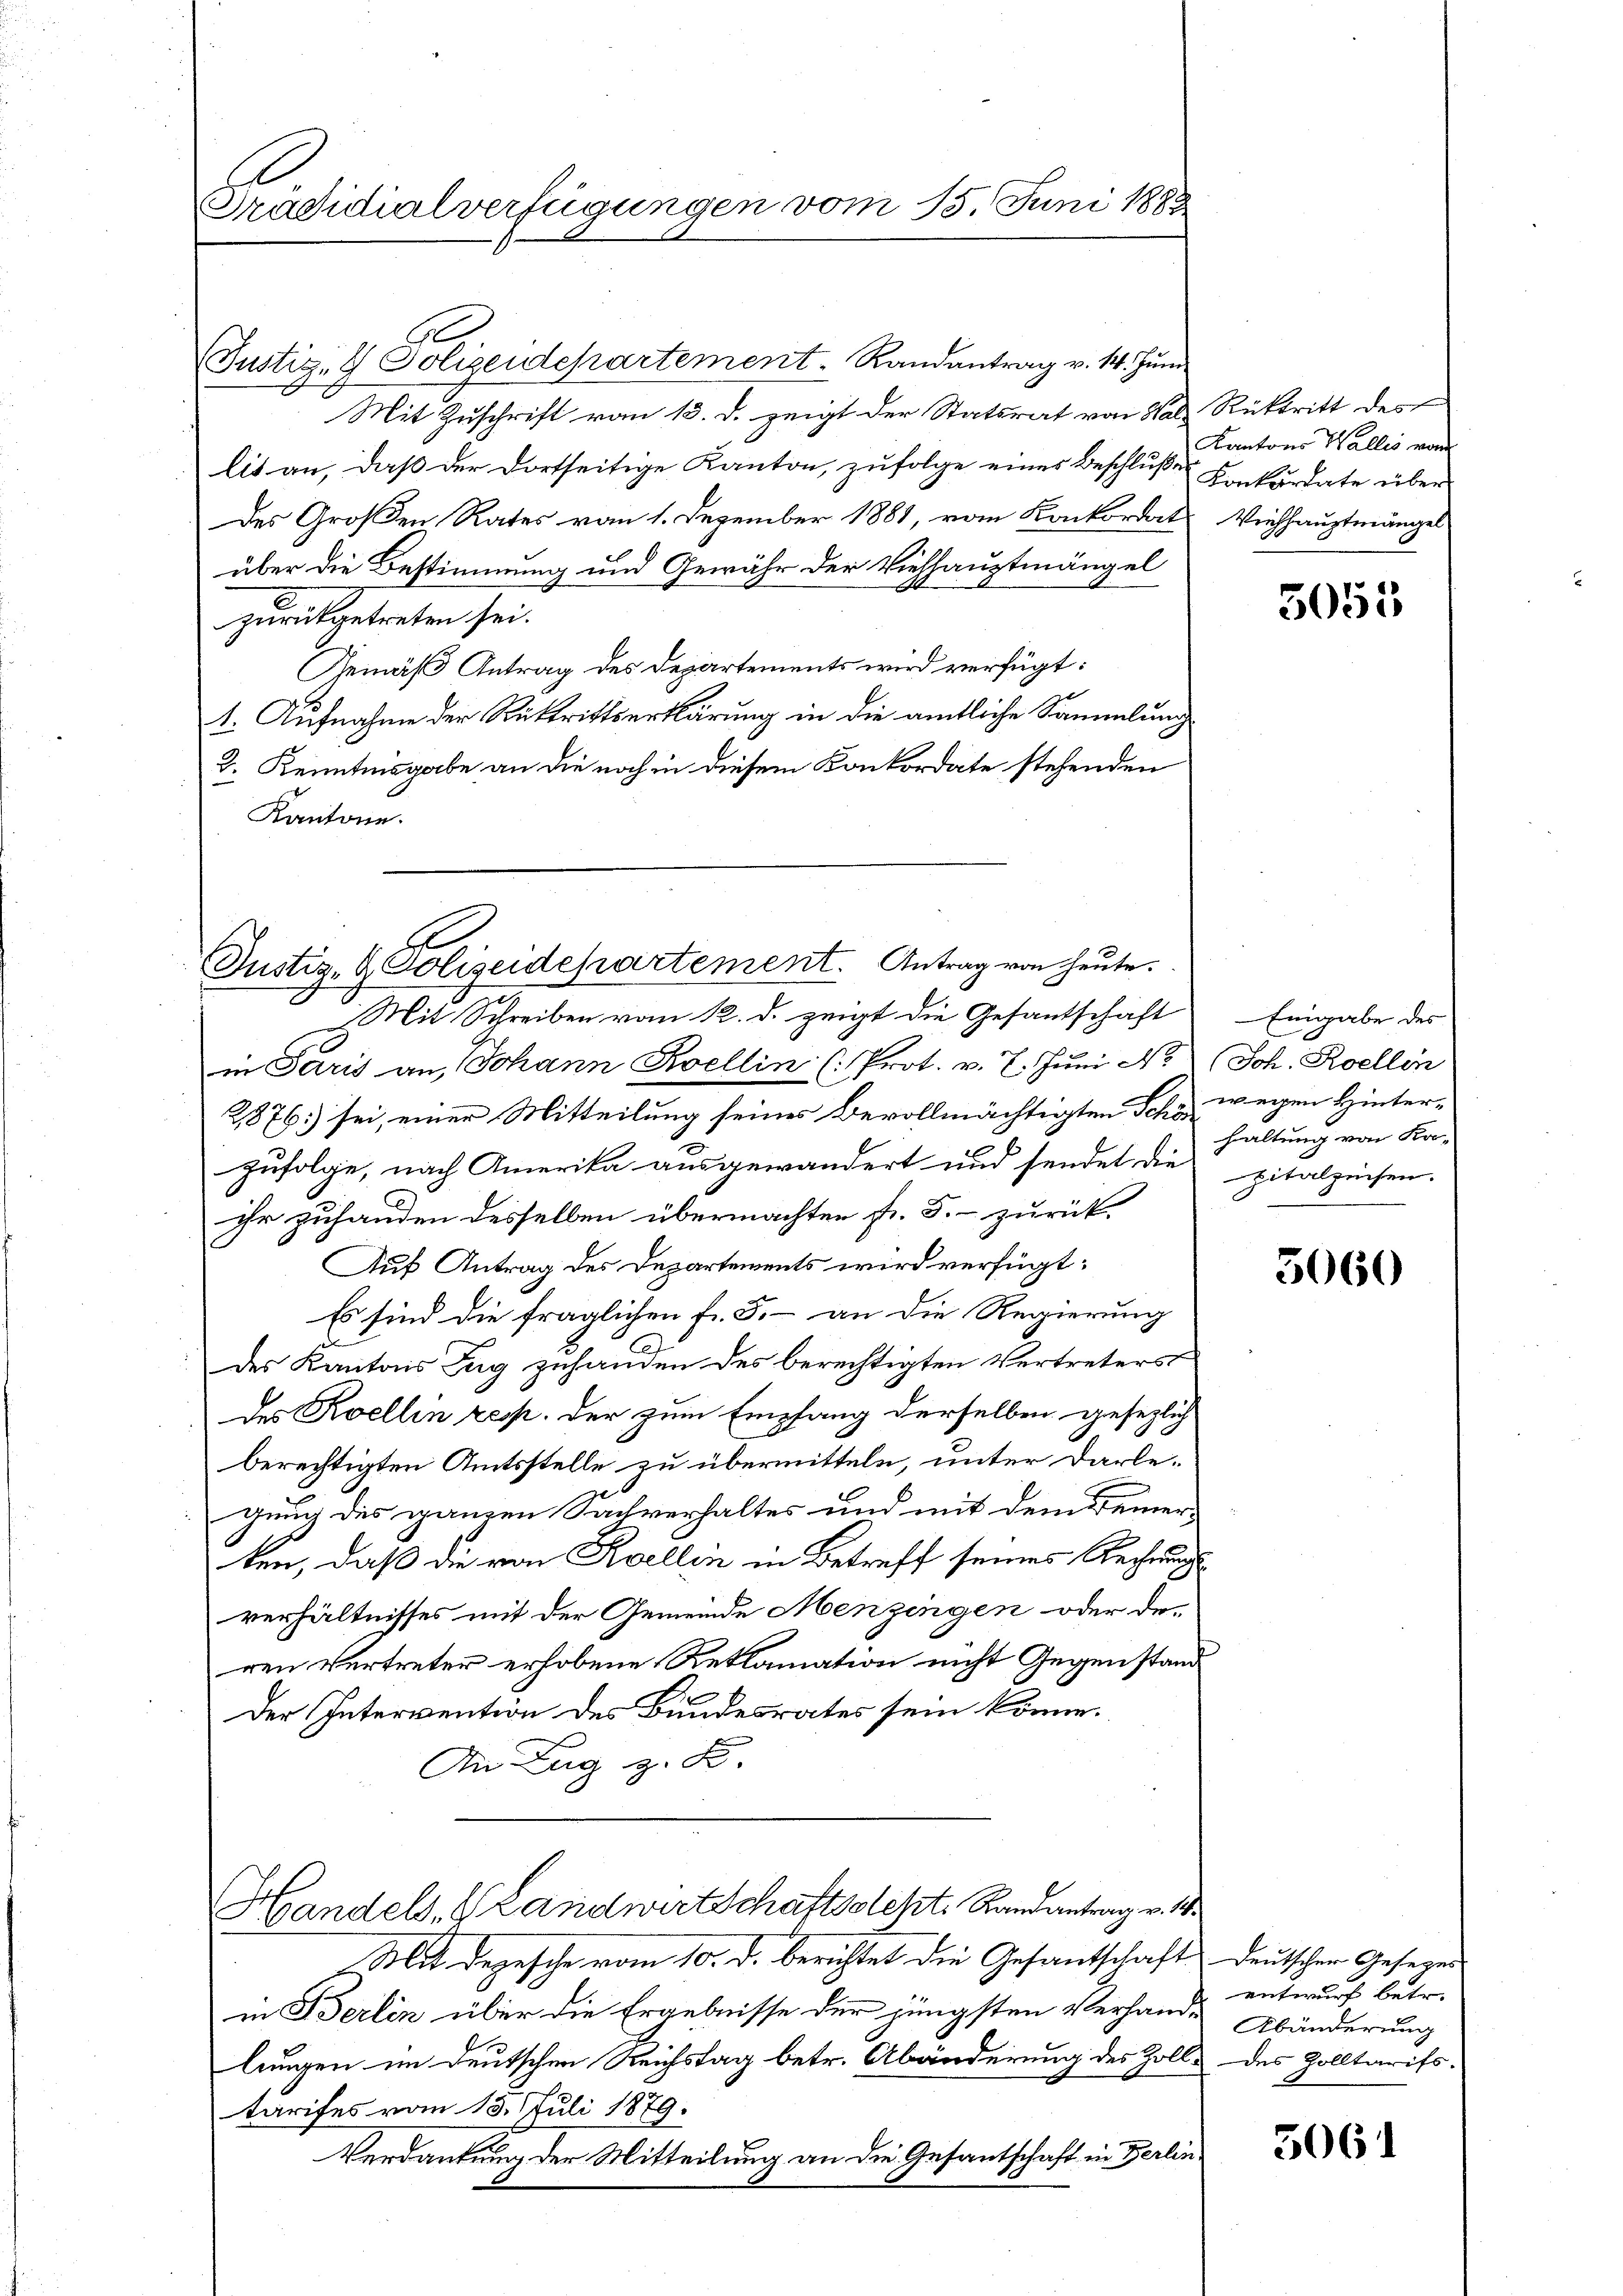
Präsidialverfügungen vom 15. Juni 1888

G
Justiz- & Polizeidepartement Randantrag v. 14. Juni.
Mit Zuschrift vom 13. d. zeigt der Statsrat von Hals Rücktritt der
lis an, daß der dortseitige Kanton, zufolge eines Beschluße Konkordate über
des Großen Rates vom 1. Dezember 1881, vom Konkordat Viehhauptmängel
über die Bestimmung und Gewähr der Viehhauptmängel
zurückgetreten sei.
Gemäß Antrag des Departements wird verfügt:
t. Aufnahme der Rücktrittserklärung in die amtliche Sammlung
2. Kenntnisgabe an die noch in diesem Konkordate stehenden
Kantone.

Justiz- & Polizeidepartement. Antrag von heute.

Mit Schreiben vom 12. d. zeigt die Gesantschaft Eingabe des
in Paris an Johann Koellin (Prot. v. 7. Juni No Joh. Roellin
2876. sei, einer Mitteilung seines Bevollmächtigten Schön wegen Hinterzufolge, nach Amerika ausgewandert und sendet die pitalzeisen.
ihr zuhanden desselben übermachten Fr. 5.- zurück¬
Auf Antrag des Departements wird verfügt:
Es sind die fraglichen Fr. 5. an die Regierung
de
des Kantons Zug zuhanden des berechtigten Vertreters
des Koellin resp. der zum Empfang derselben gesezlich
berechtigten Amtsstelle zu übermitteln, unter Darlegung des ganzen Sachverhaltes und mit dem Bemerken, daß die von Roellen in Betreff seines Rechnungs
verhältnisses mit der Gemeinde Menzingen oder der
ren Vertreter erhobene Reklamation nicht Gegenstand
Der Intervention des Bundesrates sein könne.
An Zug z. B.
Handels- & Landwirtschaftssteht. Landantrag v. 4.
Mit Depesche vom 10. d. berichtet die Gesandtschaft
in Berlin über die Ergebnisse der jüngsten Verhandlungen im Deutschen Reichstag betr. Abänderung des Zolltarifes vom 18. Juli 1879.
Verdankung der Mitteilung an die Gefantschaft in Berlin.

Kantons Wallis von

5055

haltung von Ka-

5060

deutscher Gesezes
entwurf betr.
Abänderung
des Zolltarifs.

3061